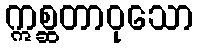
ဣစ္ဆတာဝုသော